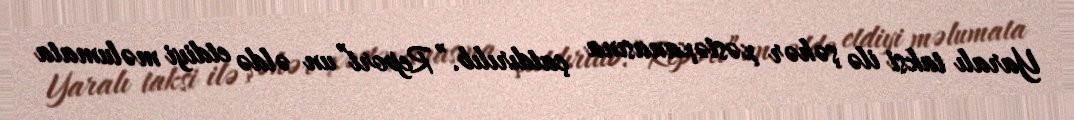
Yaralı taksi ilə şəhər xəstəxanasına çatdırılıb.”Report”un əldə etdiyi məlumata